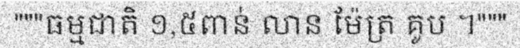
"""ធម្មជាតិ ១,៥ពាន់ លាន ម៉ែត្រ គូប ។"""